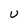
Character: U